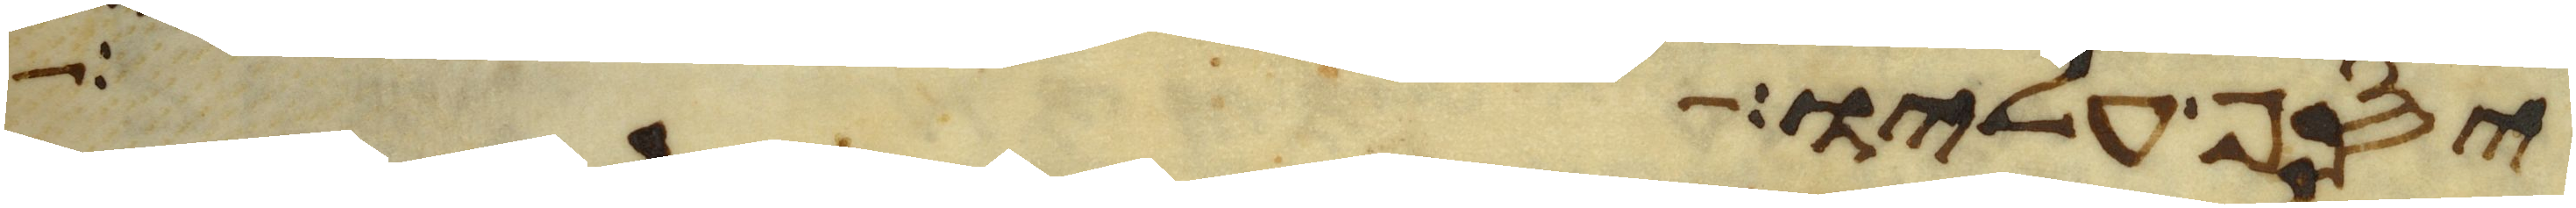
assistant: יסף עליו